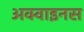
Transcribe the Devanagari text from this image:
अक्वाइनस